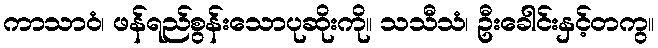
ကာသာဝံ၊ ဖန်ရည်စွန်းသောပုဆိုးကို။ သသီသံ၊ ဦးခေါင်းနှင့်တကွ။